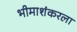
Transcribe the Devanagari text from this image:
भीमाशंकरला